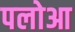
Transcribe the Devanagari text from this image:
पलोआ